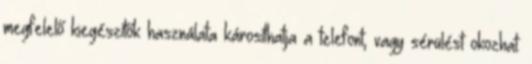
megfelelő kiegészítők használata károsíthatja a telefont, vagy sérülést okozhat.